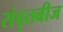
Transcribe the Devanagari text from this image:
संवृतबीज